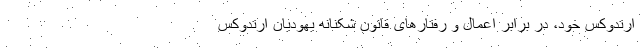
ارتدوکس خود، در برابر اعمال و رفتارهای قانون شکنانه یهودیان ارتدوکس